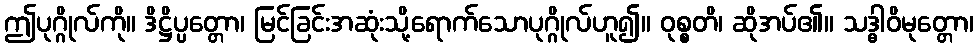
ဤပုဂ္ဂိုလ်ကို။ ဒိဋ္ဌိပ္ပတ္တော၊ မြင်ခြင်းအဆုံးသို့ရောက်သောပုဂ္ဂိုလ်ဟူ၍။ ဝုစ္စတိ၊ ဆိုအပ်၏။ သဒ္ဓါဝိမုတ္တော၊